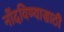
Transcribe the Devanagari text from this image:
नोंदविण्यासाठी